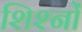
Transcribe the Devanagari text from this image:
शिश्नों